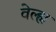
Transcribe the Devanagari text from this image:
वेल्ह्म